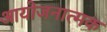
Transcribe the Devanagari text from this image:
आयोजनात्मक